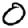
Digit: 0